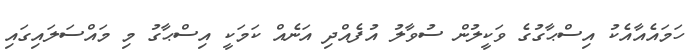
ހަމައެއާއެކު އިސްޙާގުގެ ވަކީލުން ސުވާލު އުފެއްދި އަނެއް ކަމަކީ އިސްޙާގު މި މައްސަލައިގައި